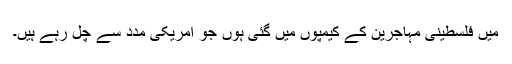
میں فلسطینی مہاجرین کے کیمپوں میں گئی ہوں جو امریکی مدد سے چل رہے ہیں۔